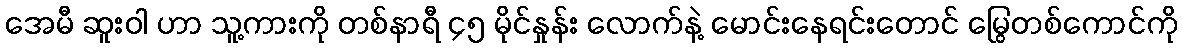
အေမီ ဆူးဝါ ဟာ သူ့ကားကို တစ်နာရီ ၄၅ မိုင်နှုန်း လောက်နဲ့ မောင်းနေရင်းတောင် မြွေတစ်ကောင်ကို